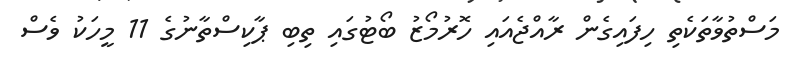
މަސްތުވާތަކެތި ހިފައިގެން ރާއްޖެއައި ހޮރުމޯޒު ބޯޓުގައި ތިބި ޕާކިސްތާނުގެ 11 މީހަކު ވެސް